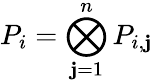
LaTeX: P_{i}=\bigotimes_{\mathbf{j}=1}^{n}P_{i,\mathbf{j}}